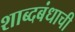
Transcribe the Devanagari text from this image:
शाब्दबंधाची